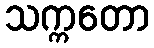
သက္ကတော